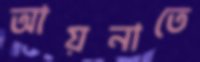
আয়নাতে